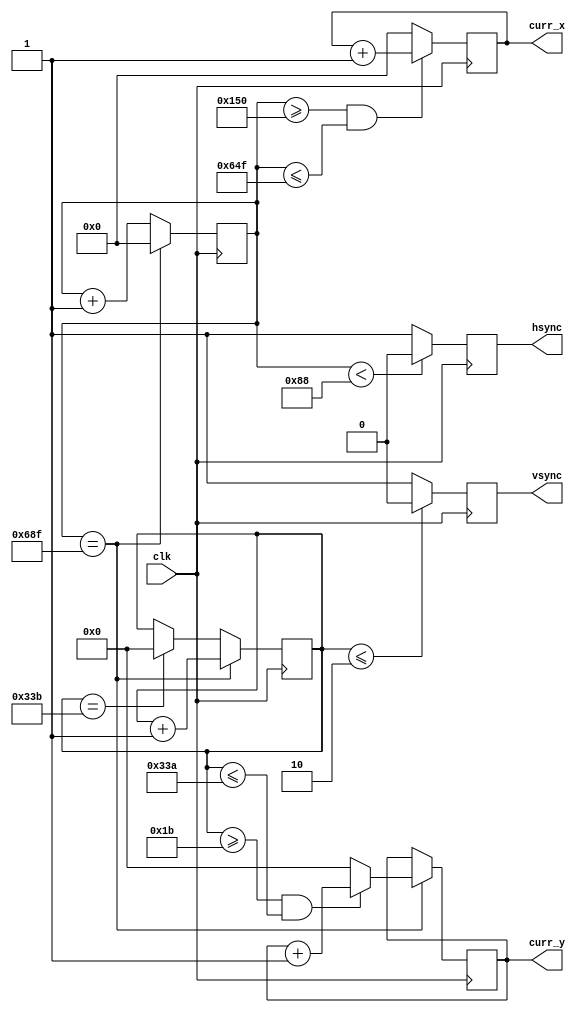
`timescale 1ns / 1ps
//////////////////////////////////////////////////////////////////////////////////
// Company: 
// Engineer: 
// 
// Design Name: 
// Module Name: vga_out
// Project Name: 
// Target Devices: 
// Tool Versions: 
// Description: 
// 
// Dependencies: 
// 
// Revision:
// Revision 0.01 - File Created
// Additional Comments:
// 
//////////////////////////////////////////////////////////////////////////////////


module vga_out(
    input clk, 
    output hsync,  
    output vsync,
    output [10:0] curr_x,
    output [9:0] curr_y
    );
    
    reg [10:0] hcount;
    reg [9:0] vcount;
    reg hsyn;
    reg vsyn;
    reg [10:0] reg_x;
    reg [9:0] reg_y;
    
    assign hsync=hsyn;
    assign vsync=vsyn;
    assign curr_x=reg_x;
    assign curr_y=reg_y;

    
    always @ (posedge clk) begin
        if (hcount == 1679) hcount <= 0;
        else hcount <= hcount+1;
        if (hcount < 136) hsyn <= 0;
        else hsyn <= 1;   
    end 
    
    always @ (posedge clk) begin
        if (hcount == 1679) vcount <= vcount+1;
        else if (vcount == 827) vcount <= 0;
        if (vcount <= 2) vsyn <= 0;
        else vsyn <= 1;
    end
    
    always @ (posedge clk) begin
        if (hcount >= 336 && hcount <= 1615) reg_x <= reg_x+1;
        else reg_x <= 0;
    end
    
    always @ (posedge clk) begin
        if (hcount == 1679) begin
            if (vcount >= 27 && vcount <= 826) reg_y <= reg_y+1;
            else reg_y <= 0;
       end
    end   

    

endmodule